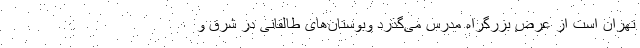
تهران است از عرض بزرگراه مدرس می‌گذرد وبوستان‌های طالقانی در شرق و